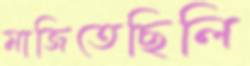
মাজিতেছিলি